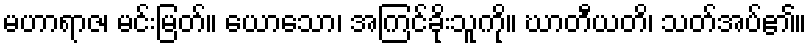
မဟာရာဇ၊ မင်းမြတ်။ ယောသော၊ အကြင်ခိုးသူကို။ ဃာတီယတိ၊ သတ်အပ်၏။